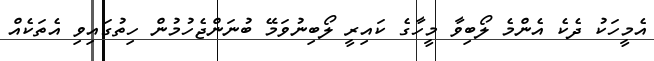
އެމީހަކު ދެކެ އެންމެ ލޯބިވާ މީހާގެ ކައިރީ ލޯބިނުވަމޭ ބުނަންޖެހުމުން ހިތުގައިވި އެތަކެއް